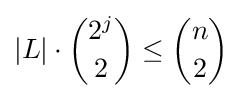
|L|\cdot {2^{j} \choose 2}\leq {n \choose 2}